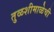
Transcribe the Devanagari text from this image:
तुळशीमाळेची